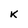
Character: k